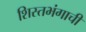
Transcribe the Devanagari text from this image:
शिस्तभंगाची